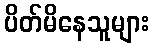
ပိတ်မိနေသူများ